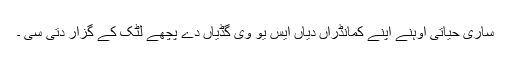
ساری حیاتی اوہنے اپنے کمانڈراں دیاں ایس یو وی گڈیاں دے پچھے لٹک کے گزار دتی سی ۔